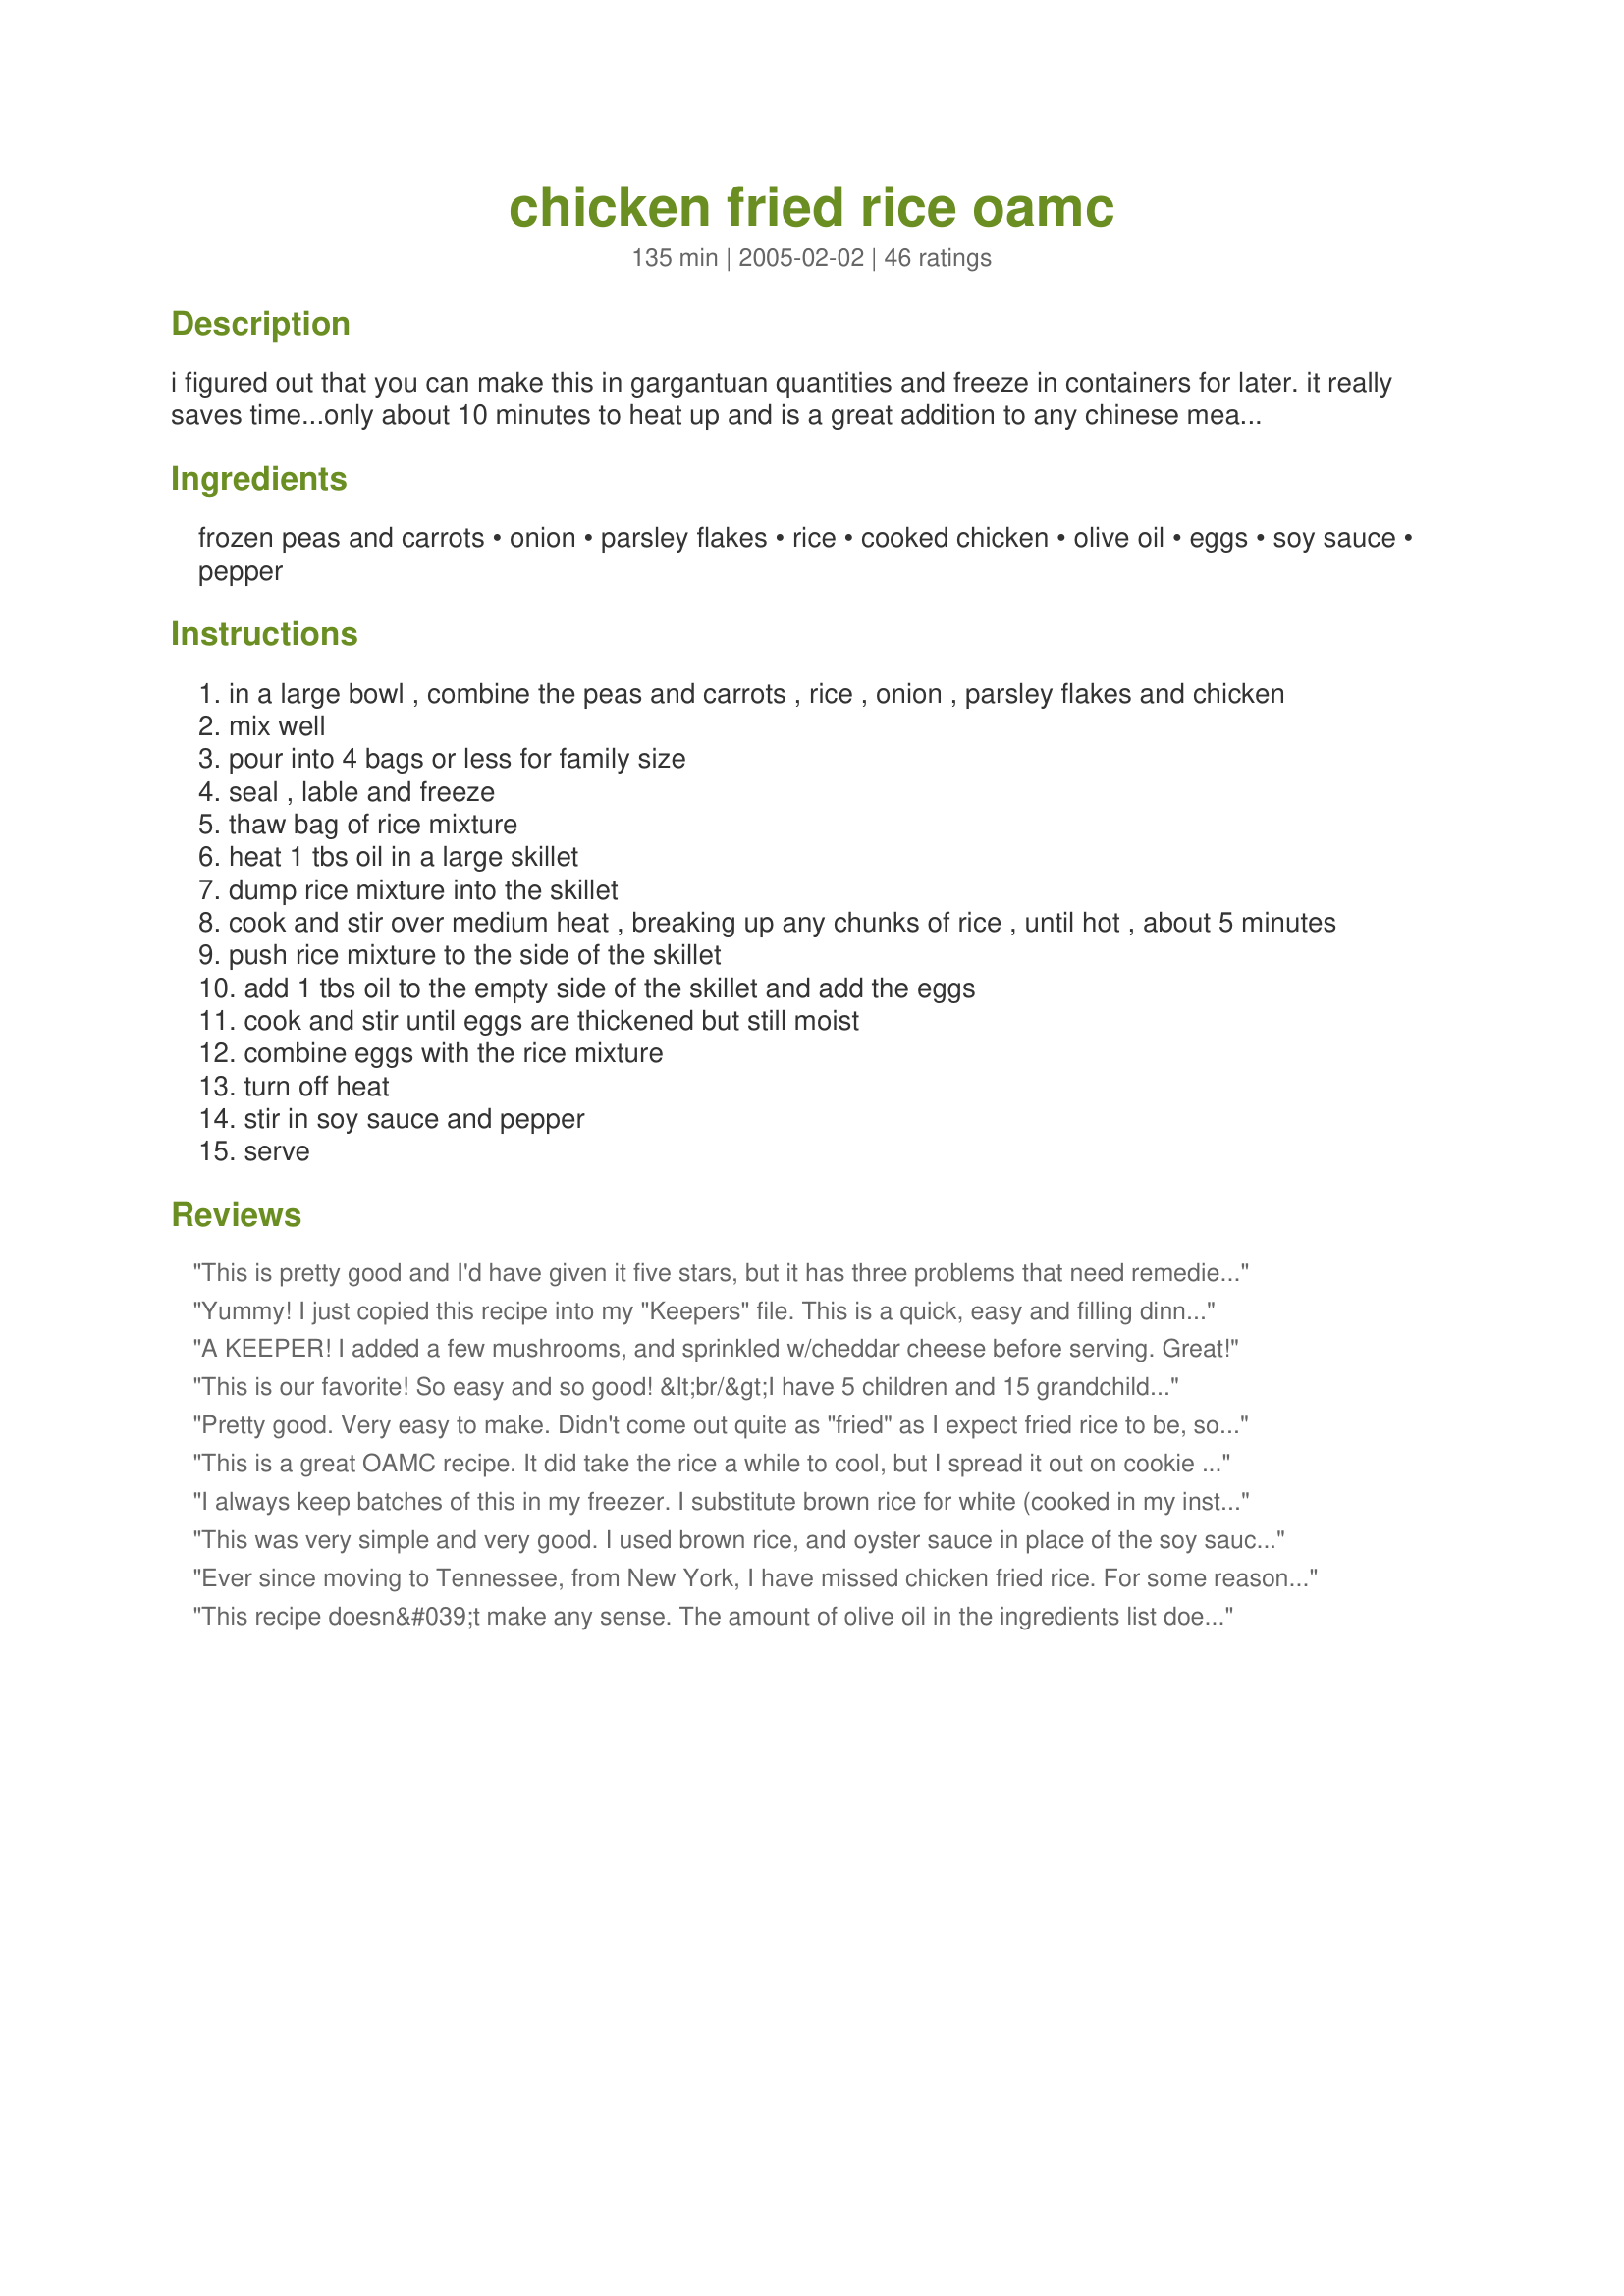
chicken fried rice oamc
Preparation time: 135 minutes

i figured out that you can make this in gargantuan quantities and freeze in containers for later. it really saves time...only about 10 minutes to heat up and is a great addition to any chinese meal. great way to use extra cooked rice too! i have a rice cooker and it's really easy to make extra. cook time includes cooking "real" rice and chicken.

Ingredients:
frozen peas and carrots, onion, parsley flakes, rice, cooked chicken, olive oil, eggs, soy sauce, pepper

Steps:
in a large bowl , combine the peas and carrots , rice , onion , parsley flakes and chicken
mix well
pour into 4 bags or less for family size
seal , lable and freeze
thaw bag of rice mixture
heat 1 tbs oil in a large skillet
dump rice mixture into the skillet
cook and stir over medium heat , breaking up any chunks of rice , until hot , about 5 minutes
push rice mixture to the side of the skillet
add 1 tbs oil to the empty side of the skillet and add the eggs
cook and stir until eggs are thickened but still moist
combine eggs with the rice mixture
turn off heat
stir in soy sauce and pepper
serve

Reviews:
This is pretty good and I'd have given it five stars, but it has three problems that need remedied. First it really is a little bland as written. It needs garlic. Second, the onions were not cooked through and third, the frozen peas were hard inside. My husband, who spent the first 8 years of his military career stationed in Japan, refused to eat it. In addition, it took only about an hour to make although the recipe says 2 . Luckily, the first time was a test run and I just made 1/4 of the recipe. My cat enjoyed it while I tried again. The second time I changed things up just a bit. I added a little more than a TBS of minced garlic and stir fried it in 1 TBS olive oil along with the onions for two minutes, then added frozen peas, diced fresh carrots and some leftover lima beans from the fridge to the skillet and stir-fried until the carrots were crisp-tender. Then I stirred this into the rice and chopped leftover cooked lemon chicken (from the freezer), parted it up and froze 3/4 in freezer bags. The remainder I stir fried until nice and hot and added soy sauce to taste. I had to add maybe another tsp of oil during cooking just to coat everything evenly, but then I have a great non-stick skillet and nothing sticks to it. The second batch we gobbled up. Can't wait for a reason to get out another bag. Thanks so much for the base recipe. I used to make fried rice the old school way (a real pain and takes hours), but DH says this actually tasted better. I will never do it that way again thanks to you. Cheers!
Yummy! I just copied this recipe into my "Keepers" file. This is a quick, easy and filling dinner recipe. We used cut-up rotisserie chicken and pre-cooked brown rice. This will become one of our regualrs.
A KEEPER! I added a few mushrooms, and sprinkled w/cheddar cheese before serving. Great!
This is our favorite! So easy and so good! &lt;br/&gt;I have 5 children and 15 grandchildren so we don&#039;t get to freeze any, we do get leftovers for breakfast. Tastes so good for breakfast. I&#039;m so glad we found this recipe.
Pretty good. Very easy to make. Didn't come out quite as "fried" as I expect fried rice to be, so next time I will put it in a bigger wok and fry more before adding other ingredients. But, good recipe nonetheless!
This is a great OAMC recipe. It did take the rice a while to cool, but I spread it out on cookie sheet which seemed to help cool it faster. I am part of an OAMC cooking group and this was a great recipe to exchange because we each got three big bags to take home (I doubled the recipe) I thawed it on the counter and was able to throw it together in a snap! Thanks.
I always keep batches of this in my freezer. I substitute brown rice for white (cooked in my instant pot). One pot dinner!
This was very simple and very good. I used brown rice, and oyster sauce in place of the soy sauce (gives a nice brown color with less salt!) The frozen peas and carrots were a great time-saving suggestion. I may add more veges next time - personal taste. The family liked it, it froze and thawed well, and the oyster sauce effectively camoflaged the brown rice. Thanks Tish - I've already got requests for repeats on this (good thing I've got more in the freezer)
Ever since moving to Tennessee, from New York, I have missed chicken fried rice. For some reasons the restaurants in TN have a different taste. I halved the recipe (but used a whole onion) and followed the recipe to a "T"..it was perfect! Just like my favorite restaurant in NY. Thank you Thank you Thank you
This recipe doesn&#039;t make any sense. The amount of olive oil in the ingredients list doesn&#039;t match up with the amount listed in the instructions. The recipe says to use 4 cups of chicken, but that number doesn&#039;t change when you put in a smaller number of servings than the original (16).
Great recipe. I only made half the recipe to test it. Since it was such a huge hit and so easy and economical to make, I have to write my notes here because this is going to be a regular recipe in my home. I made 6 cups of cooked rice in my rice cooker and cooled it. I baked 2 large chicken breasts, cooled, boned and chopped. I heated my wok to screaming hot and added about 1 tbsp veg oil, then 1 chopped onion, sauteed til tender and fragrant. Scooting the onions to the side, I added 3 beaten large eggs (I would have added more if I'd had them), scrambling as it cooked. Then I added some sesame oil, 1 lb frozen mixed Japanese veggies, the chicken, and several grinds of pepper. I then removed half the mixture to a large bowl, and added 1/2 the rice to the remaining mix in the wok with about 1/4 cup (or less) less-sodium soy sauce and stir fried. That finished, I then removed that to a large bowl, added the remaining mix to the wok with more soy sauce and rice and stir fried. I froze this in 6 individual portions for lunches or snacks to be served with soy sauce when heated. Thanks so much for posting.
This is an easy, healthy and tasty recipe! I used brown rice, garlic instead of onion and Braggs Aminos instead of soy sauce. Braggs has less salt. I cut the recipe down to a fourth to make one night's worth, but I will definitely make the whole recipe and freeze for easy dinners on busy nights!
Very good and tasty rice!! I did add some green onions just to use them up. Cut the recipe in half for the two of us and froze a couple bags and left one for dinner tonite!! Thanks!
Thanks for sharing this fantastic fried rice recipe. I used brown rice, fixed according to directions from #56242, and it turned out delicious! I previously fixed this with white rice and froze it. It is definitely a real keeper and will be used often now that I can fix brown rice that is edible.
Oh Tish this has been helpful.
I made the recipe and frozen half in 4 c. serving containers.
It was great the first night and next day..but what came out of the freezer was so good. All i added was a little water mixed with soy sauce. add to the wok and perfect.
Its a keeper and Im going to make it again sunday. Thanks great recipe.
I just ate my 1st frozen bag of 4. It went over very well with DH. Instead of mixing I put 1/4 of each ingredient into each bag. I then mixed the bag individually by shaking. I spread the meal out flat pushed out any air and sealed up. This will take up less space and broke up into managable pieces in the skillet to reheat. I added the egg and soy sauce when reheating as these items I always have on hand. I used fresh matchstick carrots instead of frozen as grocery store was out of frozen pea & carrot mix. I also used all brown rice which DH was unable to tell! Overall very tasty and healthy. The real test will be if DH can heat this up to feed himself & DS when needed!
This is truly a very good fried rice recipe, like a really good take out. I added fresh, chopped hot peppers, garlic and more onions to suit my family's taste. Also, mixed rice with brown rice to add some nutrition. Hope the batches frozen will taste just a great as the first unfrozen batch did. This satisfied our taste for the takeout that we usually buy once a week.
Wonderful! Easy and tastes great.
We liked this fried rice a lot. I used mixed veggies rather than just peas and carrots, brown rice, and chicken thigh meat. Very tasty. Thanks!
Mmm, not bad. I am not a chicken fried rice fan, but I had an extra chicken breast and leftover white rice, so I thought why not try it? My bf loves chicken fried rice from the local chinese food delivery place. I'd ask his opinion on this, but he's sound asleep, lol, I made this for my breakfast. Who said certain foods could only be eaten for dinner or lunch, or breakfast only? :D Unfortunately, I'm really annoyed by the fact that I have no onions. I finished those up yesterday on another recipe. So, I decided to try instant minced onion, it wasn't that great. I used frozen peas and carrots, and a freshly baked chicken breast, cooled and shredded, along w/the soy sauce, pepper, and parsley flakes. The only other sub I had to use was Egg Beaters. I used canola oil at first, and then decided to try olive oil when frying the egg up. I suggest not subbing instant minced onion for this, it didn't work well for me, anyway. Maybe I should have tried onion powder? I made this all fresh, but I bet the OAMC method works very well. This was good, though, and very simple to make. Thank you Tish. If my bf gets a chance to try this, I'll see what he thinks. :) I have a feeling the minced onion ruined the flavor though. I starred this 5 mostly b/c of the ease of this recipe, & I'm very sure that an actual onion would have tasted great in this. Update: Bf tried this and said it was very good. Btw, I realized why the minced onions didn't work so well, I forgot to reconstitute them, first lol! Bf doesn't like peas, but he ate this up quickly, anyway. :)
I made the full version of this for OAMC and froze into 4 portions in gallon size zip-top bags. This makes A LOT (!) so plan accordingly. I needed to use my extra large catering size bowl to mix this all together. Also, it takes a long time to cool 12 cups of cooked rice. Next time, I'll spread the rice out on a cookie sheet so that it cools faster. This is a very versatile recipe; each time I took a bag of it from the freezer, I cooked it a little differently. One time I added mushrooms, another time I added sliced water chestnuts. Another time I kicked it up with ginger and hot sesame oil. This is a great recipe to have on hand in the freezer!
I halved this recipe and still got 3 meals out of it. I separated into freezer bags until ready to use. Super simple supper after a long day. Wouldn't change a thing. Thanks Tish.
This was good-very versatile, which I love in a recipe. I added a stir fry seasoning packet, and used dark sesame oil instead of the olive oil.Next time I will probably add a little ginger puree.Makes a great side dish. Thanks!
I love fried rice! Can't wait to try this recipe. A few dashes of Sesame oil would give it that 'oriental' flavor. Andre!
excellent recipe. thank you so much
We liked this but needed to add more garlic powder and onion powder. Also drizzled with honey b/c it needed a little something sweet. Did freeze a batch and it reheated just fine. Now when we have a little leftover chicken breast I'll chop it and put in freezer for when I make this recipe again.
This is an excellent recipe that I have made often. Always so handy to keep in the freezer. Thanks Tish!
Hubby loves this one. Making it again tonight. Thanks!!!
I cut this recipe in half and only used 2 eggs, and a little less soy sauce. But, it was wonderful. Next time I'll use the full amount and freeze - a definite keeper. Thanks!
I LOVE this Recipe, because all of
it was eaten and they asked for more.
YUUUMMMM!!!
This is a great recipe. I always thought I could never make Chinese food at home but this is pretty close if not better then take out - something the whole family, including a five and two year old, happily consume. Freezes great. I added a bit more vegetables and still tasted great.
"this is a great aisain recipe"
This is great! I made it just like you said...even though I never actually measured anything. A real keeper, thanks!
Good basic recipe. It was not completely clear to me, so I will mention that it seems you are to add 2 eggs to the 1/4 serving, and 1/4 the soy sauce and pepper as well. Likewise, the oil covers all 4 servings, though if you are freezing some, you would use these ingredients later. I added sesame oil and ginger and doubled the onion (that was great!). My rice cooker maxes out at 10c, so I didn't make quite the full load, and I think what I didn't cook up tonight might make one more serving for my family of 6. A good quick couple of meals.
Quick and easy to make, the taste was great.
This was excellent and it made a TON of rice. My husband absolutely loved it. And it freezes very well! Thanks for the recipe!
Tish- this is a great idea! I took a short cut and used boxed Uncle Ben's Oriental Fried Rice prepared as directed and mixed with some left over white rice that I had since some boxed foods contain to much salt for my liking. While the rice was cooking, I tossed in some frozen peas, diced carrots, and a little chopped celery for homemade taste. In another pan I cooked up the diced onion, diced chicken, diced lunch meat ham, and scrambled the eggs. When done, mixed everything together. It was really good and from the freezer it was great too, no funny taste. I'm only sorry that I didn't have enough storage containers to freeze more. You probably noticed already, the only thing I was missing in was combo fried rice was SHRIMP! Next time
Very good, made a 1/3 of the recipe fresh for dinner. DH and DD loved it, thanks.
This has become a family favorite. I love that I can make so much and freeze it. I usually make a batch after we've had roast chicken. So easy!!!
This was totally awesome, in my opinion!

I kept it vegetarian because I wanted to try the base recipe before adding meat. Next time, I'll definitely do chicken and probably shrimp, too.

Like someone mentioned, I added some sesame oil, right before frying the egg. It called for a second tablespoon of olive oil; I did 2 teaspoons olive and 1 teaspoon sesame.

Thanks so much, Tish. This is wonderful! We'll definitely do this one again.
This was super tasty. It's hard not to eat this every night!
Thannk You!!! I forgot to review this recipe months ago. I made it just as directed without the chicken, only because I usually serve it with a chicken dish, and it has been great to pull a bag out of the freezer to go with our meal. This saves so much time, because why not make a big batch once, instead of all the time. Great Idea!!!
awesome recipe! Tasted great the first night as well as when it came from the freezer... will make again and again!
I have made this several times pretty much exactly as directed. It is better out of the freezer because the onions are not as crunchy once they have been frozen and thawed, and the flavors have meshed more. I usually buy a rotisserie chicken, pull off all the meat, and use about 3/4 of it for this and 1/4 of it for chicken salad, then use the carcass to make stock (along with veggie leftovers from cooking that I keep in the freezer). I make enough rice to divide between 3 gallon freezer bags, and then once defrosted, use 2 eggs and 1/4 cup soy sauce for each bag.
This is one of our favorite OAMC recipes! It is so delicious plus it's quick, easy and cheap! We use brown rice and frozen mixed veggies with corn, peas, carrots and green beans. Sometimes we skip the egg and add other things like fresh bean sprouts or snow peas and a yummy sauce. It is a great base for lots of things! Thanks!
Thanks so much. This was so yummy. No more take out fried rice for us. I will make up the freezer packs with excitment now!
